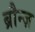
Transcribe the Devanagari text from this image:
ब्रौन्ज़